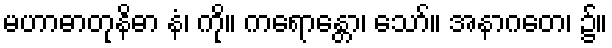
မဟာဓာတုနိဓာ နံ၊ ကို။ ကရောန္တော၊ သော်။ အနာဂတေ၊ ၌။